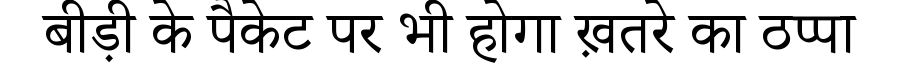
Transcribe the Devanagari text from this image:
बीड़ी के पैकेट पर भी होगा ख़तरे का ठप्पा